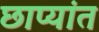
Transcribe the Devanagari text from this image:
छाप्यांत